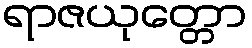
ရာဇယုတ္တော